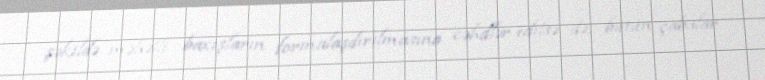
şəkildə məhəlli baxışların formalaşdırılmasına cəhdlər edilsə də, bütün çabalar